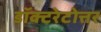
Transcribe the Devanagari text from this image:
डॉक्टरेटोत्तर